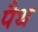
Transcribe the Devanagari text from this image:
पैथ